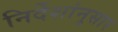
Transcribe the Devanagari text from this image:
निर्देशांनुसार